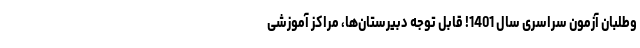
وطلبان آزمون سراسری سال 1401! قابل توجه دبیرستان‌ها، مراکز آموزشی